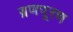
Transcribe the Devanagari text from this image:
ब्रणपूरण